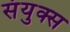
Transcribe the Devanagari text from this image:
संयुक्स